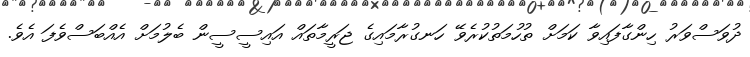
ދުވަސްވަރު ހިންގާފައިވާ ކަމަށް ތުހުމަތުކުރެވޭ ހަނގުރާމައިގެ ޖަރީމާތައް އައިސީސީން ބެލުމަށް އެއްބަސްވެފަ އެވެ.